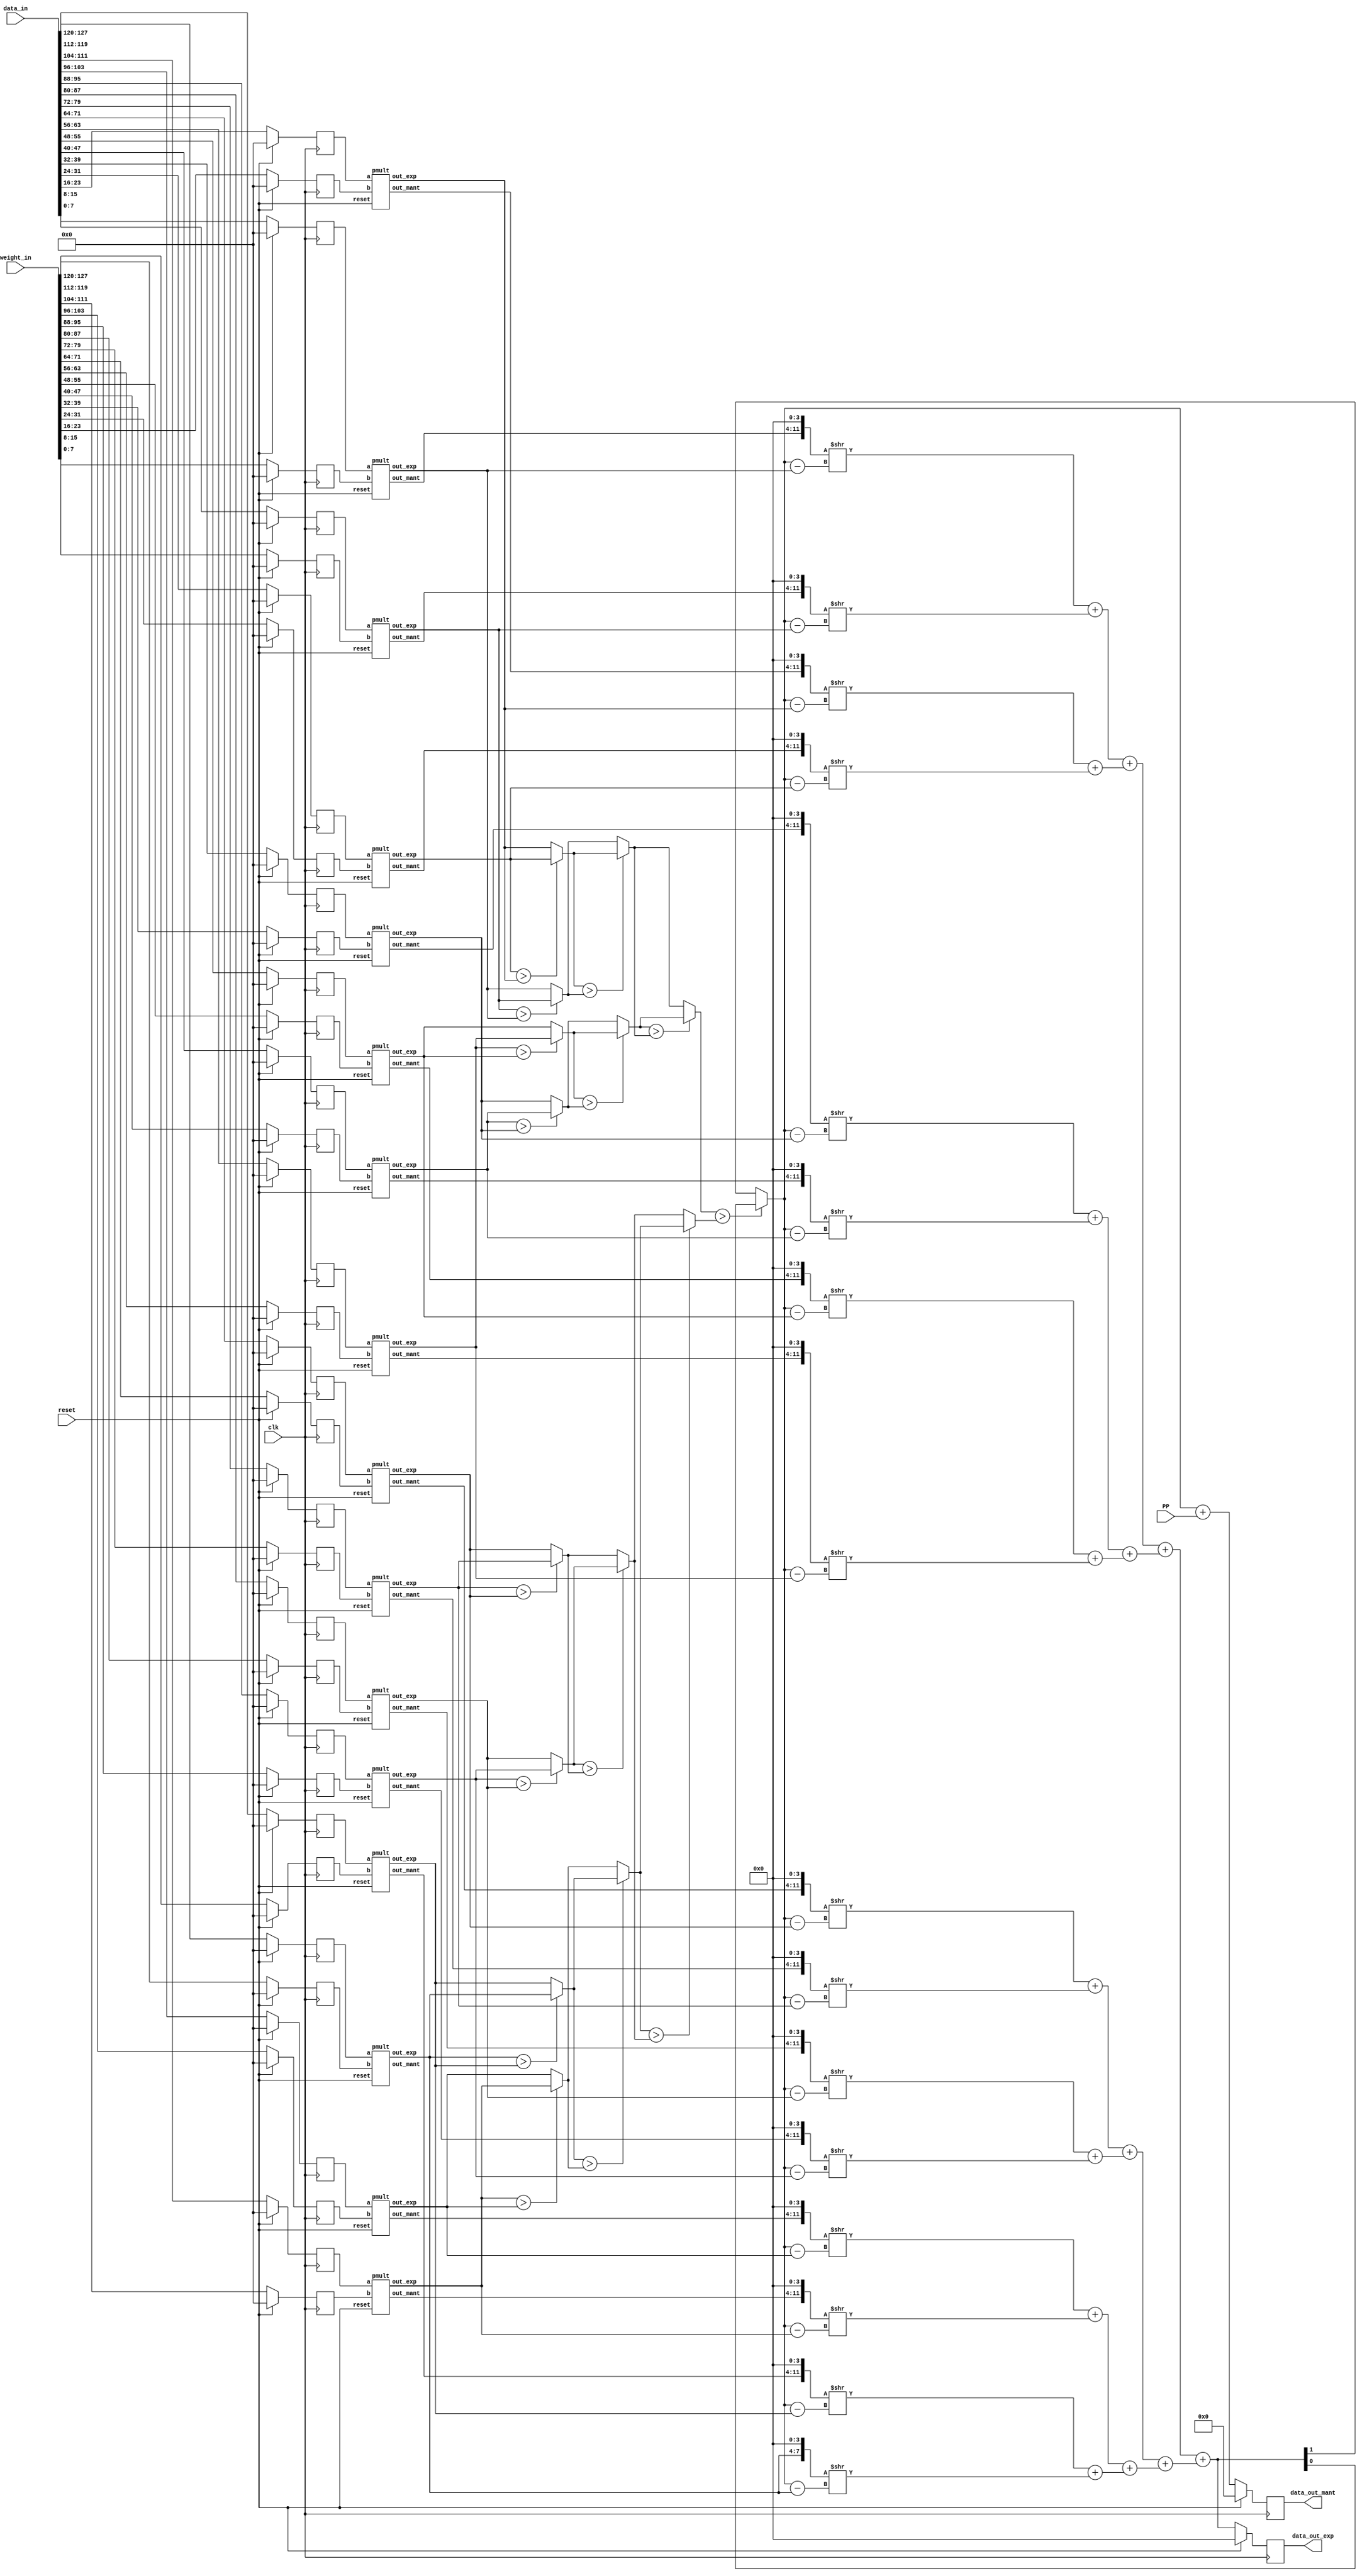
`timescale 1ns / 1ps
//////////////////////////////////////////////////////////////////////////////////
// Company: 
// Engineer: 
// 
// Design Name: 
// Module Name: ap_pe
// Project Name: 
// Target Devices: 
// Tool Versions: 
// Description: 
// 
// Dependencies: 
// 
// Revision:
// Revision 0.01 - File Created
// Additional Comments:
// 
//////////////////////////////////////////////////////////////////////////////////

`define N_AP 8
`define es_AP 4
`define operands 32
`define N_AP_exp 4
`define N_AP_add 12
module mac_ap (input [128-1:0] data_in,
input [128-1:0] weight_in,
input clk,
input reset,
input [`N_AP_add+2:0]PP,
output reg [`es_AP-1:0] data_out_exp,
output reg [`N_AP_add+2:0] data_out_mant);
reg [`N_AP-1:0]t[0:31];
wire [`es_AP-1:0]t1[0:15]; 
wire [(`operands*`es_AP/2)-1:0]t2;
wire [`es_AP-1:0]t3;
wire [`N_AP_add+2:0]t4;
wire [(`N_AP-`es_AP)*2-1:0]t5[0:15];
wire [(`N_AP-`es_AP)*`operands-1:0]t6;

always@(posedge clk)
//starting flip flop


begin
if(reset) {t[31],t[30],t[29],t[28],t[27],t[26],t[25],t[24],t[23],t[22],t[21],t[20],t[19],t[18],t[17],t[16],t[15],t[14],t[13],t[12],t[11],t[10],t[9],t[8],t[7],t[6],t[5],t[4],t[3],t[2],t[1],t[0]}=0;
else 
begin
    {t[31],t[29],t[27],t[25],t[23],t[21],t[19],t[17],t[15],t[13],t[11],t[9],t[7],t[5],t[3],t[1]}=weight_in;
    {t[30],t[28],t[26],t[24],t[22],t[20],t[18],t[16],t[14],t[12],t[10],t[8],t[6],t[4],t[2],t[0]}=data_in;
end
end
//multipliers


pmult m1(.a(t[0]),.b(t[1]),.out_exp(t1[0]),.out_mant(t5[0]), .reset(reset));
pmult m2(.a(t[2]),.b(t[3]),.out_exp(t1[1]),.out_mant(t5[1]), .reset(reset));
pmult m3(.a(t[4]),.b(t[5]),.out_exp(t1[2]),.out_mant(t5[2]), .reset(reset));
pmult m4(.a(t[6]),.b(t[7]),.out_exp(t1[3]),.out_mant(t5[3]), .reset(reset));
pmult m5(.a(t[8]),.b(t[9]),.out_exp(t1[4]),.out_mant(t5[4]), .reset(reset));
pmult m6(.a(t[10]),.b(t[11]),.out_exp(t1[5]),.out_mant(t5[5]), .reset(reset));
pmult m7(.a(t[12]),.b(t[13]),.out_exp(t1[6]),.out_mant(t5[6]), .reset(reset));
pmult m8(.a(t[14]),.b(t[15]),.out_exp(t1[7]),.out_mant(t5[7]), .reset(reset));
pmult m9(.a(t[16]),.b(t[17]),.out_exp(t1[8]),.out_mant(t5[8]), .reset(reset));
pmult m10(.a(t[18]),.b(t[19]),.out_exp(t1[9]),.out_mant(t5[9]), .reset(reset));
pmult m11(.a(t[20]),.b(t[21]),.out_exp(t1[10]),.out_mant(t5[10]), .reset(reset));
pmult m12(.a(t[22]),.b(t[23]),.out_exp(t1[11]),.out_mant(t5[11]), .reset(reset));
pmult m13(.a(t[24]),.b(t[25]),.out_exp(t1[12]),.out_mant(t5[12]), .reset(reset));
pmult m14(.a(t[26]),.b(t[27]),.out_exp(t1[13]),.out_mant(t5[13]), .reset(reset));
pmult m15(.a(t[28]),.b(t[29]),.out_exp(t1[14]),.out_mant(t5[14]), .reset(reset));
pmult m16(.a(t[30]),.b(t[31]),.out_exp(t1[15]),.out_mant(t5[15]), .reset(reset));
assign t2= {t1[15],t1[14],t1[13],t1[12],t1[11],t1[10],t1[9],t1[8],t1[7],t1[6],t1[5],t1[4],t1[3],t1[2],t1[1],t1[0]};
assign t6= {t1[15],t5[14],t5[13],t5[12],t5[11],t5[10],t5[9],t5[8],t5[7],t5[6],t5[5],t5[4],t5[3],t5[2],t5[1],t5[0]};
 wire [`N_AP_exp-1:0] max_exp;
 wire [`N_AP_exp-1:0] e [0:15];
 wire [(`N_AP-`es_AP)*2-1:0] m [0:15];
 wire [`N_AP_add-1:0] shift_m [0:15];
 wire [`N_AP_add+2:0] out;
 assign {e[15],e[14],e[13],e[12],e[11],e[10],e[9],e[8],e[7],e[6],e[5],e[4],e[3],e[2],e[1],e[0]}=t2;
 assign {m[15],m[14],m[13],m[12],m[11],m[10],m[9],m[8],m[7],m[6],m[5],m[4],m[3],m[2],m[1],m[0]}=t6;
 //comparator 


  /*wire [`N_AP_exp-1:0] te [0:15];
  assign {te[15],te[14],te[13],te[12],te[11],te[10],te[9],te[8],te[7],te[6],te[5],te[4],te[3],te[2],te[1],te[0]}=t2;
  reg [`N_AP_exp-1:0] temp_highest;
  // Initialize temp_highest with the first input number
  // Compare the input numbers and update temp_highest
  integer i;
  always @* begin
    temp_highest = t[0];
    for (i = 1; i < 16; i = i + 1) begin
      if (te[i] > temp_highest)
        temp_highest = te[i];
    end
  end*/
  reg [`es_AP-1:0] temp [0:15];
  reg [`es_AP-1:0] temp1 [0:7];
  reg [`es_AP-1:0] temp2 [0:3];
  reg [`es_AP-1:0] temp3 [0:1];
  reg [`es_AP-1:0] temp_highest;

  // Initialize temp_highest with the first input number
 
  
 always@(*)begin
  // Compare the input numbers and update temp_highest
  //generate
    // First stage
      {temp[15],temp[14],temp[13],temp[12],temp[11],temp[10],temp[9],temp[8],temp[7],temp[6],temp[5],temp[4],temp[3],temp[2],temp[1],temp[0]}=t2;
      if (temp[15] > temp[14])
        temp1[7] = temp[15];
      else
        temp1[7] = temp[14];
      if (temp[13] > temp[12])
        temp1[6] = temp[13];
      else
        temp1[6] = temp[12];
      if (temp[11] > temp[10])
        temp1[5] = temp[11];
      else
        temp1[5] = temp[10];
      if (temp[9] > temp[8])
        temp1[4] = temp[9];
      else
        temp1[4] = temp[8];
      if (temp[7] > temp[6])
        temp1[3] = temp[7];
      else
        temp1[3] = temp[6];
      if (temp[5] > temp[4])
        temp1[2] = temp[5];
      else
        temp1[2] = temp[4];
      if (temp[3] > temp[2])
        temp1[1] = temp[3];
      else
        temp1[1] = temp[2];
      if (temp[1] > temp[0])
        temp1[0] = temp[1];
      else
        temp1[0] = temp[0];
        
        

    //2nd Stage
      if (temp1[7] > temp1[6])
         temp2[3] = temp1[7];
      else
         temp2[3] = temp1[6];
      if (temp1[5] > temp1[4])
         temp2[2] = temp1[5];
      else
         temp2[2] = temp1[4];
      if (temp1[3] > temp1[2])
         temp2[1] = temp1[3];
      else
         temp2[1] = temp1[2];
      if (temp1[1] > temp1[0])
        temp2[0] = temp1[1];
      else
         temp2[0] = temp1[0];
    //3rd stage
      if (temp2[3] > temp2[2])
         temp3[1] = temp2[3];
      else
        temp3[1] = temp2[2];
        if (temp2[1] > temp2[0])
        temp3[0] = temp2[1];
      else
         temp3[0] = temp2[0];

    if (temp3[0] > temp3[1])
         temp_highest = t3[0];
      else
         temp_highest = t3[1];
 end

 assign max_exp=temp_highest;
 //shifters


 wire [11:0]te1;
 assign te1={m[0],4'b0};
 assign shift_m[0]=te1 >> (max_exp-e[0]);
 wire [11:0]te2;
 assign te2={m[1],4'b0};
 assign shift_m[1]=te2 >> (max_exp-e[1]);
 wire [11:0]te3;
 assign te3={m[2],4'b0};
 assign shift_m[2]=te3 >> (max_exp-e[2]);
 wire [11:0]te4;
 assign te4={m[3],4'b0};
 assign shift_m[3]=te4 >> (max_exp-e[3]);
 wire [11:0]te5;
 assign te5={m[4],4'b0};
 assign shift_m[4]=te5 >> (max_exp-e[4]);
 wire [11:0]te6;
 assign te6={m[5],4'b0};
 assign shift_m[5]=te6 >> (max_exp-e[5]);
 wire [11:0]te7;
 assign te7={m[6],4'b0};
 assign shift_m[6]=te7 >> (max_exp-e[6]);
 wire [11:0]te8;
 assign te8={m[7],4'b0};
 assign shift_m[7]=te8 >> (max_exp-e[7]);
 wire [11:0]te9;
 assign te9={m[8],4'b0};
 assign shift_m[8]=te9 >> (max_exp-e[8]);
 wire [11:0]te10;
 assign te10={m[9],4'b0};
 assign shift_m[9]=te10 >> (max_exp-e[9]);
 wire [11:0]te11;
 assign te11={m[10],4'b0};
 assign shift_m[10]=te11 >> (max_exp-e[10]);
 wire [11:0]te12;
 assign te12={m[11],4'b0};
 assign shift_m[11]=te12 >> (max_exp-e[11]);
 wire [11:0]te13;
 assign te13={m[12],4'b0};
 assign shift_m[12]=te13 >> (max_exp-e[12]);
 wire [11:0]te14;
 assign te14={m[13],4'b0};
 assign shift_m[13]=te14 >> (max_exp-e[13]);
 wire [11:0]te15;
 assign te15={m[14],4'b0};
 assign shift_m[14]=te15 >> (max_exp-e[14]);
 wire [11:0]te16;
 assign te16={m[15],4'b0};
 assign shift_m[15]=te16 >> (max_exp-e[15]);
 //adder tree


 wire [`N_AP_add*`operands/2-1:0]adder_i;
 assign adder_i={shift_m[15],shift_m[14],shift_m[13],shift_m[12],shift_m[11],shift_m[10],shift_m[9],shift_m[8],shift_m[7],shift_m[6],shift_m[5],shift_m[4],shift_m[3],shift_m[2],shift_m[1],shift_m[0]};
  wire [`N_AP_add:0] stage1_out [0:7];  // Outputs of the first stage adders
  wire [`N_AP_add+1:0] stage2_out [0:3];  // Outputs of the secoN_addd stage adders
  wire [`N_AP_add+2:0] stage3_out [0:1];  // Outputs of the third stage adders
  wire [`N_AP_add-1:0] te17 [0:15];
  assign {te17[15],te17[14],te17[13],te17[12],te17[11],te17[10],te17[9],te17[8],te17[7],te17[6],te17[5],te17[4],te17[3],te17[2],te17[1],te17[0]}=adder_i;
  genvar k;
  generate
    for (k = 0; k < 8; k = k + 1) begin : STAGE1
      assign stage1_out[k] = te17[2*k] + te17[2*k+1];
    end
  endgenerate

  // Second stage: 4 adders
  genvar j;
  generate
    for (j = 0; j < 4; j = j + 1) begin : STAGE2
      assign stage2_out[j] = stage1_out[2*j] + stage1_out[2*j+1];
    end
  endgenerate

  // Third stage: 2 adders
  assign stage3_out[0] = stage2_out[0] + stage2_out[1];
  assign stage3_out[1] = stage2_out[2] + stage2_out[3];

  // Final stage: 1 adder
  assign out = stage3_out[0] + stage3_out[1];
  assign t3=out;
   assign t4=max_exp;
   //final flip flop


always@(posedge clk)
if(reset)
begin
    data_out_exp<=`es_AP'b0;
    data_out_mant<=15'b0;    
end
else
begin
    data_out_exp<=t3;
    data_out_mant<=t4+PP;
end

endmodule


//---------posit multiplication------------------------
module pmult(a,b,out_exp,out_mant,reset);
    input [`N_AP-1:0]a,b;
    input reset;
    reg [`es_AP-1:0]OUT_exp;
    reg [(`N_AP-`es_AP)*2-1:0]OUT_mant;
    output reg [`es_AP-1:0]out_exp;
    output reg [(`N_AP-`es_AP)*2-1:0]out_mant;
    wire pinf,pzero;
    reg [`N_AP-1:0]x,y;
    reg [`N_AP+(`N_AP-`es_AP):0]OUT;
    wire [`N_AP-1:0]result;
    wire [2*(`N_AP-`es_AP)-1:0]mult_out;
    reg [`es_AP-1:0]t_out;
    wire psign;
    wire [`es_AP:0]a_exp,b_exp,t_exp;
    wire [`N_AP-`es_AP-2:0]pfrac;
    wire a_psign,b_psign;
    wire [`es_AP-1:0]a_pexp,b_pexp;
    wire [`N_AP-`es_AP-2:0]a_pfrac,b_pfrac;
    wire a_pzero,a_pinf,b_pzero,b_pinf;
    wire under_over;
    wire uo;



always@(*) begin
if(reset) begin
    x <= `N_AP'b0;
    y <= `N_AP'b0;
    out_exp <= 0;
    out_mant <= 0;	
    end
else begin
    x <= a;
    y <= b;
    out_exp <= OUT_exp;
    out_mant<=OUT_mant;
	end
end

    wire [`N_AP-2:0]x1;

//-----------------------sign----------------------
    assign a_psign = x[`N_AP-1];
    assign x1 = a_psign? ~x[`N_AP-2:0] + 1'b1: x[`N_AP-2:0];

//-----------------------inf\zero check----------------------
    assign a_pzero = a_psign ? 1'b0:( x1[`N_AP-2:0]==`N_AP-1'b0 ? 1'b1:1'b0);
    assign a_pinf = a_psign ? ( x1[`N_AP-2:0]==`N_AP-1'b0 ? 1'b1:1'b0):1'b0;

//-----------------------expo----------------------
    assign a_pexp = x1[`N_AP-2:`N_AP-`es_AP-1];
//-----------------------frac-----------------------
    assign a_pfrac = x1[`N_AP-`es_AP-2:0];
    wire [`N_AP-2:0]x2;

//-----------------------sign----------------------
    assign b_psign = y[`N_AP-1];
    assign x2 = b_psign? ~y[`N_AP-2:0] + 1'b1: y[`N_AP-2:0];

//-----------------------inf\zero check----------------------
    assign b_pzero = b_psign ? 1'b0:( x2[`N_AP-2:0]==`N_AP-1'b0 ? 1'b1:1'b0);
    assign b_pinf = b_psign ? ( x2[`N_AP-2:0]==`N_AP-1'b0 ? 1'b1:1'b0):1'b0;

//-----------------------expo----------------------
    assign b_pexp = x2[`N_AP-2:`N_AP-`es_AP-1];
//-----------------------frac-----------------------
    assign b_pfrac = x2[`N_AP-`es_AP-2:0];


    assign pinf = (a_pinf | b_pinf) ? 1'b1 : 1'b0;
    assign pzero = ~(a_pinf|b_pinf)&(a_pzero|b_pzero) ? 1'b1 : 1'b0;

//-----------------------sign----------------------
    assign psign = a_psign ^ b_psign;

//-----------------------frac----------------------
    assign mult_out={1'b1,a_pfrac}*{1'b1,b_pfrac};
    assign result[`N_AP-`es_AP-2:0] = mult_out;

//-----------------------total_exp----------------------
    assign a_exp =  a_pexp;
    assign b_exp =  b_pexp;
    assign t_exp = a_exp + b_exp + mult_out[2*(`N_AP-`es_AP)-1];
    assign under_over = t_exp[`es_AP];
    assign uo = under_over?1'b0:1'b1;

    assign result[`N_AP-2:`N_AP-`es_AP-1] = t_exp[`es_AP-1:0];

    assign result[`N_AP-2:`N_AP-`es_AP-1] = t_exp[`es_AP-1:0];
    assign result[`N_AP-1] = psign;
    always@(*) begin
        case(uo) 
	    1'b1 : OUT = psign ? 13'b1000000000000 : 13'b0000000000000;
        1'b0: OUT = (result[`N_AP-1]? {result[`N_AP-1],~result[`N_AP-2:0]+1'b1} : result);
        endcase
    end
    always@(*)
    begin
        OUT_exp=OUT[ `N_AP-2:`N_AP-`es_AP-1 ];
        OUT_mant=OUT[`N_AP-`es_AP-2:0 ];
    end
    

endmodule



/////////////////////////////////////////////////////////////////////////////////////////

`define BufferDepthAP 64
module memory_ap(
    input clk,
    input reset,
    input write_enable,// this signal is toggled when new data comes
    input read_enable,
    input [127:0] data_in,
    output reg [127:0] data_out
    );
    reg prev_WE;
    reg [127:0] mem [`BufferDepthAP-1:0];
    reg [$clog2(`BufferDepthAP)-1:0] counter;
    
    always @(posedge clk)
    begin
    if (!reset)
    begin
        data_out = 1'b0;
        counter = 0; 
        prev_WE =0;   
    end    
    else
    begin
        if(write_enable !=prev_WE)
        begin
            mem[counter] = data_in;
            counter = counter +1;
        end
        //else
        //    counter <= counter;
        else if(read_enable)
        begin
            data_out = mem[counter];
            counter = counter+1;
        end
        else
            counter = counter;
        prev_WE =write_enable;
    end
    end
endmodule


//////////////////////////////////////////////////////////////////////////////
module ap_pe(
    input clk,
    input reset,
    input reset_pp, 
    input isNewWeight,
    input read_enable,
    input [127:0] data_in,
    input [127:0] weight_in0,
    input [127:0] weight_in1,
    input [127:0] weight_in2,
    input [127:0] weight_in3,
    output [18:0] data_out0,
    output [18:0] data_out1,
    output [18:0] data_out2,
    output [18:0] data_out3,
    output dout_exp_tap,
    output dout_mant_tap  
);

reg [14:0]pp0;
reg [14:0]pp1;
reg [14:0]pp2;
reg [14:0]pp3;

wire [14:0]data_out_mant0;
wire [14:0]data_out_mant1;
wire [14:0]data_out_mant2;
wire [14:0]data_out_mant3;

wire [3:0]data_out_exp0;
wire [3:0]data_out_exp1;
wire [3:0]data_out_exp2;
wire [3:0]data_out_exp3;

wire [127:0] weight_out0;
wire [127:0] weight_out1;
wire [127:0] weight_out2;
wire [127:0] weight_out3;
memory_ap mem0(
    .clk(clk),
    .reset(reset),
    .write_enable(isNewWeight),// this signal is toggled when new data comes
    .read_enable(read_enable),
    .data_in(weight_in0),
    .data_out(weight_out0)
    );
    memory_ap mem1(
    .clk(clk),
    .reset(reset),
    .write_enable(isNewWeight),// this signal is toggled when new data comes
    .read_enable(read_enable),
    .data_in(weight_in1),
    .data_out(weight_out1)
    );
    memory_ap mem2(
    .clk(clk),
    .reset(reset),
    .write_enable(isNewWeight),// this signal is toggled when new data comes
    .read_enable(read_enable),
    .data_in(weight_in2),
    .data_out(weight_out2)
    );
    memory_ap mem3(
    .clk(clk),
    .reset(reset),
    .write_enable(isNewWeight),// this signal is toggled when new data comes
    .read_enable(read_enable),
    .data_in(weight_in3),
    .data_out(weight_out3)
    );
always @(posedge clk)
begin
    if(!reset)
    begin
        pp0 = 0;
        pp1 = 0;
        pp2 = 0;
        pp3 = 0;  
    end   
    else 
    begin
        if(reset_pp)
        begin
            pp0 = 0;
            pp1 = 0;
            pp2 = 0;
            pp3 = 0;
        end
        else
        begin
            pp0 = data_out_mant0;
            pp1 = data_out_mant1;
            pp2 = data_out_mant2;
            pp3 = data_out_mant3;
        end
    end
end

mac_ap m0 (
    .data_in(data_in),
    .weight_in(weight_out0),
    .clk(clk),
    .reset(reset),
    .PP(pp0),
    .data_out_exp(data_out_exp0),
    .data_out_mant(data_out_mant0)
    );
    
mac_ap m1 (
    .data_in(data_in),
    .weight_in(weight_out1),
    .clk(clk),
    .reset(reset),
    .PP(pp0),
    .data_out_exp(data_out_exp1),
    .data_out_mant(data_out_mant1));
    
mac_ap m2 (
    .data_in(data_in),
    .weight_in(weight_out2),
    .clk(clk),
    .reset(reset),
    .PP(pp0),
    .data_out_exp(data_out_exp2),
    .data_out_mant(data_out_mant2));
    
mac_ap m3 (
    .data_in(data_in),
    .weight_in(weight_out3),
    .clk(clk),
    .reset(reset),
    .PP(pp3),
    .data_out_exp(data_out_exp3),
    .data_out_mant(data_out_mant3));
    
assign data_out0 = {data_out_exp0, data_out_mant0};
assign data_out1 = {data_out_exp1, data_out_mant1};
assign data_out2 = {data_out_exp2, data_out_mant2};
assign data_out3 = {data_out_exp3, data_out_mant3};

assign dout_exp_tap = data_out_exp0[0];
assign dout_mant_tap = data_out_mant0[0];

endmodule